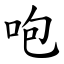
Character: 咆